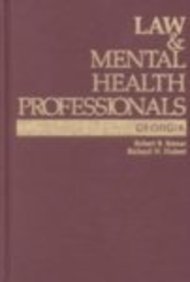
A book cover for Law and Mental Health Professionals: Georgia: Georgia (Law & Mental Health Professionals); Robert B. Remar; Law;